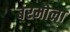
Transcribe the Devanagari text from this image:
बरमोला